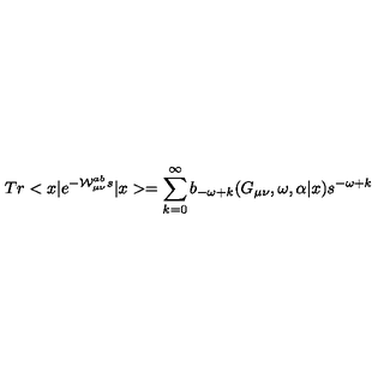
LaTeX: T r < x | e ^ { - { \cal { W } } _ { \mu \nu } ^ { a b } s } | x > = \sum _ { k = 0 } ^ { \infty } b _ { - \omega + k } ( G _ { \mu \nu } , \omega , \alpha | x ) s ^ { - \omega + k }